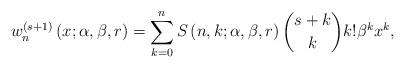
LaTeX: \begin{align*}w_{n}^{\left( s+1\right) }\left( x;\alpha,\beta,r\right) =\sum_{k=0}^{n}S\left( n,k;\alpha,\beta,r\right) \binom{s+k}{k}k!\beta^{k}x^{k},\end{align*}